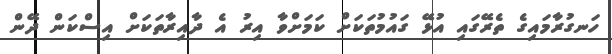
ހަނގުރާމައިގެ ތެރޭގައި އުޅޭ ގައުމުތަކަށް ކަމަށްވާ އިރު އެ ދާއިރާތަކަށް އިސްކަން ދޭން